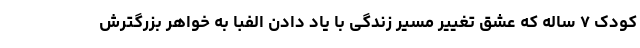
کودک ۷ ساله که عشق تغییر مسیر زندگی با یاد دادن الفبا به خواهر بزرگترش